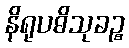
နိရုပဓိသုခဉ္စ